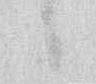
候